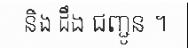
និង ដឹង ជញ្ជូន ។